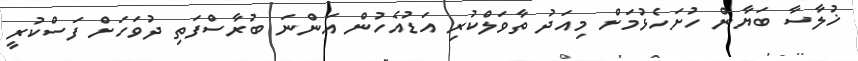
ޚުލާސާ ބަޔާން ހުށަހެޅުމަށް މިއަދު ތާވަލްކުރި އަޑުއެހުން އަންނަ ބުރާސްފަތި ދުވަހަށް ފަސްކުރީ